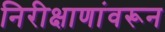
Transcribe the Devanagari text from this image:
निरीक्षाणांवरून